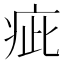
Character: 疵